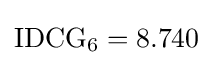
\mathrm {IDCG_{6}} =8.740